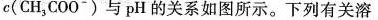
c(CH_{3}COO^{-})与pH的关系如图所示。下列有关溶